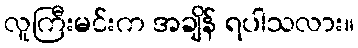
လူကြီးမင်းက အချိန် ရပါသလား။